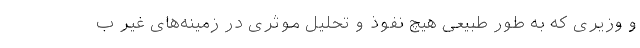
و وزیری که به طور طبیعی هیچ نفوذ و تحلیل موثری در زمینه‌های غیر ب